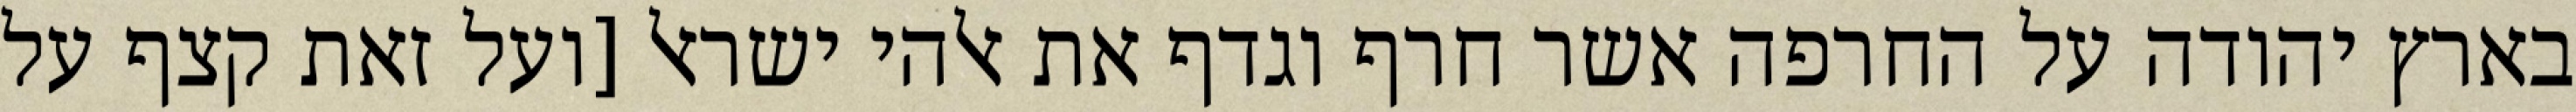
בארץ יהודה על החרפה אשר חרף וגדף את אלהי ישראל [ועל זאת קצף על